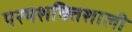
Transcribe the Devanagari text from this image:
परमशक्तिशाली